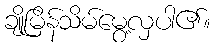
ချိုမြိန်သိမ်မွေ့လှပါ၏။